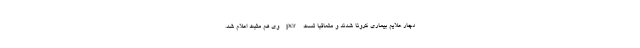
دچار علایم بیماری کرونا شدند و متعاقبا تست pcr وی هم مثبت اعلام شد.